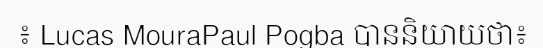
៖ Lucas MouraPaul Pogba បាននិយាយថា៖